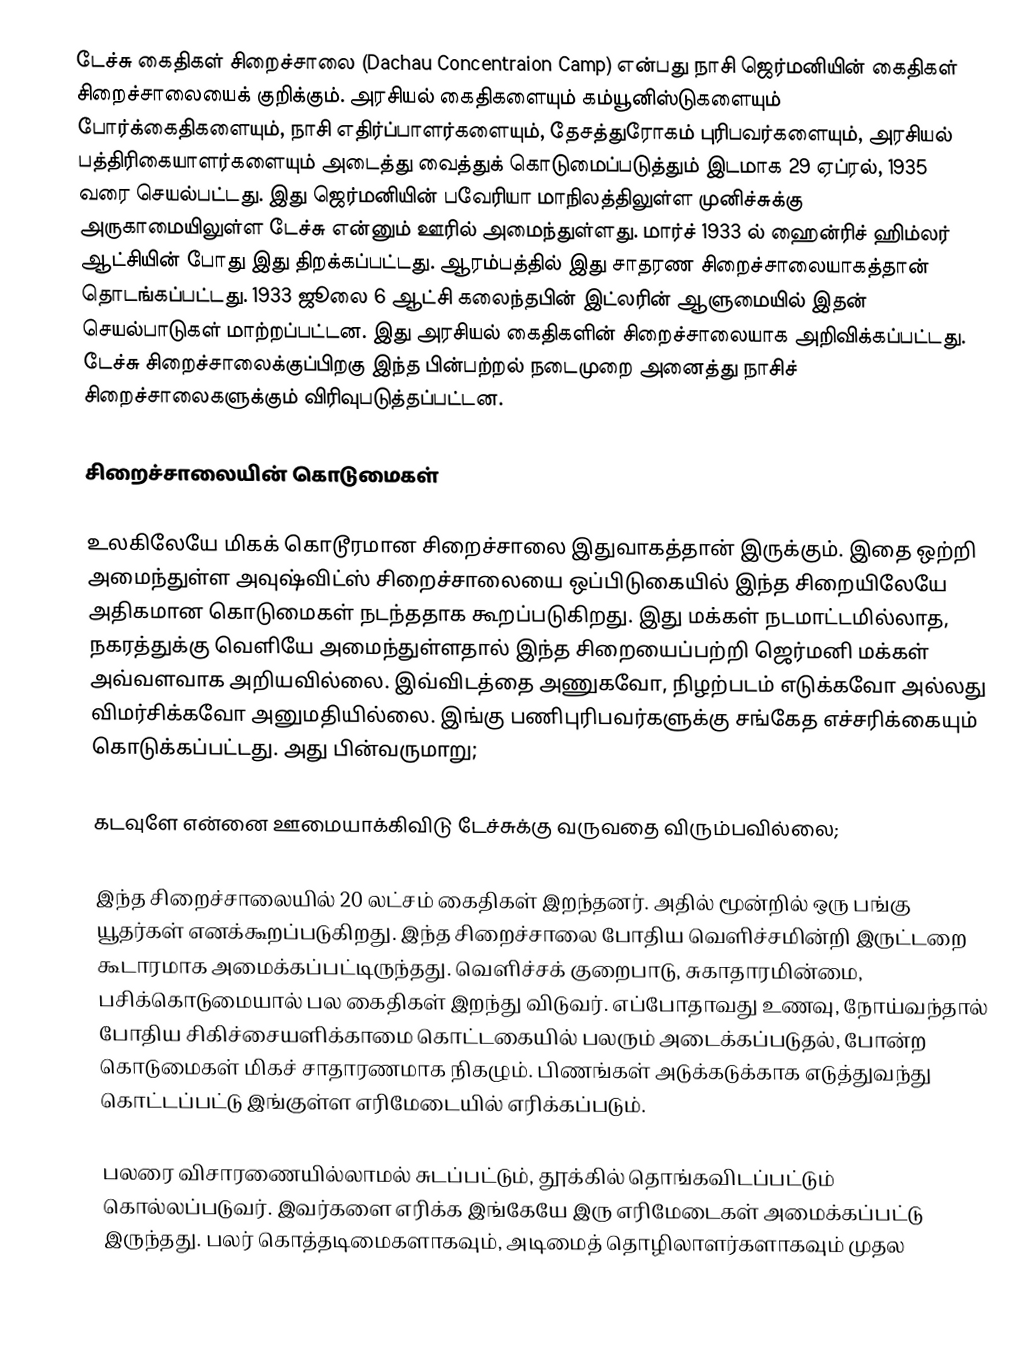
டேச்சு கைதிகள் சிறைச்சாலை (Dachau Concentraion Camp) என்பது நாசி ஜெர்மனியின் கைதிகள் சிறைச்சாலையைக் குறிக்கும். அரசியல் கைதிகளையும் கம்யூனிஸ்டுகளையும் போர்க்கைதிகளையும், நாசி எதிர்ப்பாளர்களையும், தேசத்துரோகம் புரிபவர்களையும், அரசியல் பத்திரிகையாளர்களையும் அடைத்து வைத்துக் கொடுமைப்படுத்தும் இடமாக 29 ஏப்ரல், 1935 வரை செயல்பட்டது. இது ஜெர்மனியின் பவேரியா மாநிலத்திலுள்ள முனிச்சுக்கு அருகாமையிலுள்ள டேச்சு என்னும் ஊரில் அமைந்துள்ளது. மார்ச் 1933 ல் ஹைன்ரிச் ஹிம்லர் ஆட்சியின் போது இது திறக்கப்பட்டது. ஆரம்பத்தில் இது சாதரண சிறைச்சாலையாகத்தான் தொடங்கப்பட்டது. 1933 ஜூலை 6 ஆட்சி கலைந்தபின் இட்லரின் ஆளுமையில் இதன் செயல்பாடுகள் மாற்றப்பட்டன. இது அரசியல் கைதிகளின் சிறைச்சாலையாக அறிவிக்கப்பட்டது. டேச்சு சிறைச்சாலைக்குப்பிறகு இந்த பின்பற்றல் நடைமுறை அனைத்து நாசிச் சிறைச்சாலைகளுக்கும் விரிவுபடுத்தப்பட்டன.

சிறைச்சாலையின் கொடுமைகள்

உலகிலேயே மிகக் கொடூரமான சிறைச்சாலை இதுவாகத்தான் இருக்கும். இதை ஒற்றி அமைந்துள்ள அவுஷ்விட்ஸ் சிறைச்சாலையை ஒப்பிடுகையில் இந்த சிறையிலேயே அதிகமான கொடுமைகள் நடந்ததாக கூறப்படுகிறது. இது மக்கள் நடமாட்டமில்லாத, நகரத்துக்கு வெளியே அமைந்துள்ளதால் இந்த சிறையைப்பற்றி ஜெர்மனி மக்கள் அவ்வளவாக அறியவில்லை. இவ்விடத்தை அணுகவோ, நிழற்படம் எடுக்கவோ அல்லது விமர்சிக்கவோ அனுமதியில்லை. இங்கு பணிபுரிபவர்களுக்கு சங்கேத எச்சரிக்கையும் கொடுக்கப்பட்டது. அது பின்வருமாறு;

கடவுளே என்னை ஊமையாக்கிவிடு டேச்சுக்கு வருவதை விரும்பவில்லை;

இந்த சிறைச்சாலையில் 20 லட்சம் கைதிகள் இறந்தனர். அதில் மூன்றில் ஒரு பங்கு யூதர்கள் எனக்கூறப்படுகிறது. இந்த சிறைச்சாலை போதிய வெளிச்சமின்றி இருட்டறை கூடாரமாக அமைக்கப்பட்டிருந்தது. வெளிச்சக் குறைபாடு, சுகாதாரமின்மை, பசிக்கொடுமையால் பல கைதிகள் இறந்து விடுவர். எப்போதாவது உணவு, நோய்வந்தால் போதிய சிகிச்சையளிக்காமை கொட்டகையில் பலரும் அடைக்கப்படுதல், போன்ற கொடுமைகள் மிகச் சாதாரணமாக நிகழும். பிணங்கள் அடுக்கடுக்காக எடுத்துவந்து கொட்டப்பட்டு இங்குள்ள எரிமேடையில் எரிக்கப்படும்.

பலரை விசாரணையில்லாமல் சுடப்பட்டும், தூக்கில் தொங்கவிடப்பட்டும் கொல்லப்படுவர். இவர்களை எரிக்க இங்கேயே இரு எரிமேடைகள் அமைக்கப்பட்டு இருந்தது. பலர் கொத்தடிமைகளாகவும், அடிமைத் தொழிலாளர்களாகவும் முதல